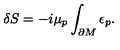
\delta S = - i \mu _ { p } \int _ { \partial M } \epsilon _ { p } .